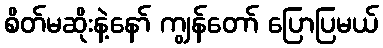
စိတ်မဆိုးနဲ့နော် ကျွန်တော် ပြောပြမယ်